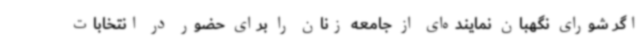
اگر شورای نگهبان نماینده‌ای از جامعه زنان را برای حضور در انتخابات